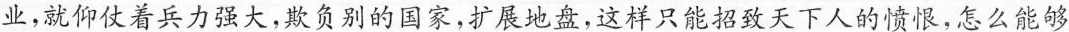
业，就仰仗着兵力强大，欺负别的国家，扩展地盘，这样只能招致天下人的愤恨，怎么能够